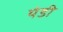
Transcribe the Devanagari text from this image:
यंडी